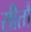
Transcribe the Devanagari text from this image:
सीतौ